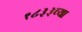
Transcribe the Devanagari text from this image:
१८३३च्या